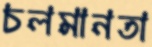
চলমানতা